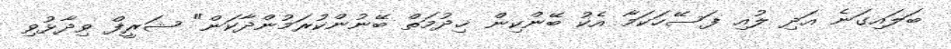
ބަލައިގަނެ އަދި ލުއި ފަސޭހަކަމާ އެކު ބޭންކިން ޚިދުމަތް ބޭނުންކުރަމުންދާކަން" ޝަރީފް ވިދާޅުވި